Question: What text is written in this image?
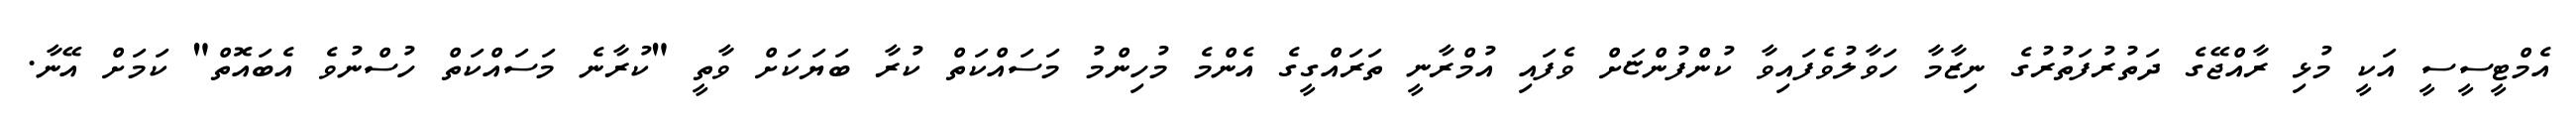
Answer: އެމްޓީސީސީ އަކީ މުޅި ރާއްޖޭގެ ދަތުރުފަތުރުގެ ނިޒާމާ ހަވާލުވެފައިވާ ކުންފުންޏަށް ވެފައި އުމްރާނީ ތަރައްގީގެ އެންމެ މުހިންމު މަސައްކަތް ކުރާ ބަޔަކަށް ވާތީ "ކުރާނެ މަސައްކަތް ހުސްނުވެ އެބައޮތް" ކަމަށް އޭނާ.